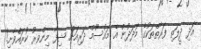
އަދި ދީލަތި ފަރާތްތަކުގެ މަދަދުން އެ މައުސޫމް ދަރިއަށް ޝިފާ މިންވރު ކުރައްވާށި!